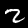
Digit: 2